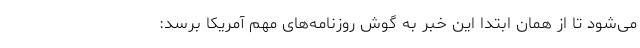
می‌شود تا از همان ابتدا این خبر به گوش روزنامه‌های مهم آمریکا برسد: